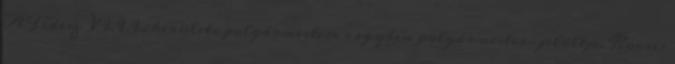
A Fidesz VIII. kerületi polgármestere s egyben polgármester-jelöltje, Kocsis